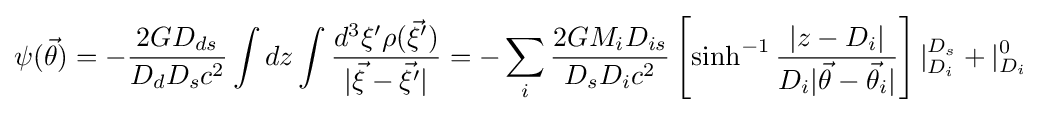
\psi ({\vec {\theta }})=-{\frac {2GD_{ds}}{D_{d}D_{s}c^{2}}}\int dz\int {\frac {d^{3}\xi ^{\prime }\rho ({\vec {\xi }}^{\prime })}{|{\vec {\xi }}-{\vec {\xi }}^{\prime }|}}=-\sum _{i}{\frac {2GM_{i}D_{is}}{D_{s}D_{i}c^{2}}}\left[\sinh ^{-1}{|z-D_{i}| \over D_{i}|{\vec {\theta }}-{\vec {\theta }}_{i}|}\right]|_{D_{i}}^{D_{s}}+|_{D_{i}}^{0}